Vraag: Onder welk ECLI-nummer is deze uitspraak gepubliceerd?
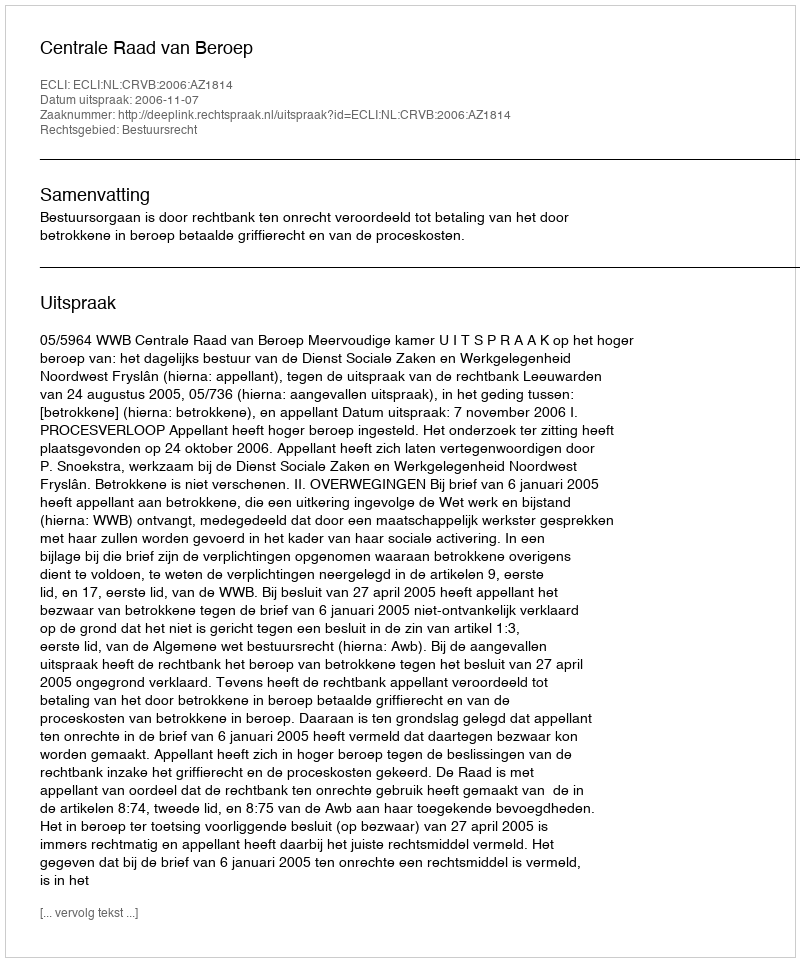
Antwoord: ECLI:NL:CRVB:2006:AZ1814